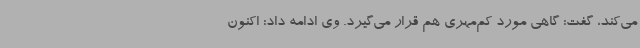
می‌کند، گفت: گاهی مورد کم‌مهری هم قرار می‌گیرد. وی ادامه داد: اکنون